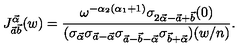
J _ { \vec { a } \vec { b } } ^ { \vec { \alpha } } ( w ) = \frac { \omega ^ { - \alpha _ { 2 } ( \alpha _ { 1 } + 1 ) } \sigma _ { 2 \vec { \alpha } - \vec { a } + \vec { b } } ( 0 ) } { ( \sigma _ { \vec { \alpha } } \sigma _ { \vec { a } - \vec { \alpha } } \sigma _ { \vec { a } - \vec { b } - \vec { \alpha } } \sigma _ { \vec { b } + \vec { \alpha } } ) ( w / n ) } .